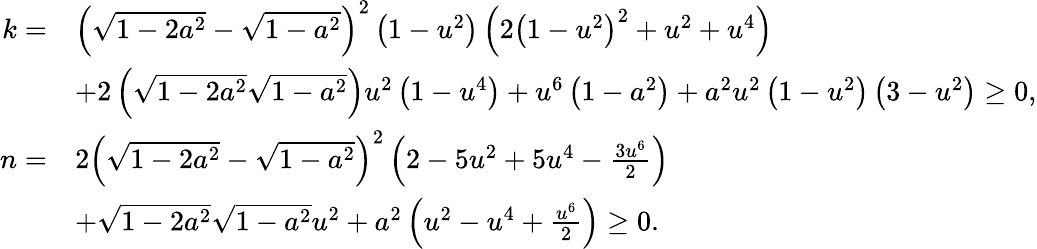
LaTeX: \begin{array}{rl}{k=}&{\left(\sqrt{1-2a^{2}}-\sqrt{1-a^{2}}\right)^{2}\left(1-u^{2}\right)\left(2\left(1-u^{2}\right)^{2}+u^{2}+u^{4}\right)}\\ &{+2\left(\sqrt{1-2a^{2}}\sqrt{1-a^{2}}\right)u^{2}\left(1-u^{4}\right)+u^{6}\left(1-a^{2}\right)+a^{2}u^{2}\left(1-u^{2}\right)\left(3-u^{2}\right)\geq 0,}\\ {n=}&{2\left(\sqrt{1-2a^{2}}-\sqrt{1-a^{2}}\right)^{2}\left(2-5u^{2}+5u^{4}-\frac{3u^{6}}{2}\right)}\\ &{+\sqrt{1-2a^{2}}\sqrt{1-a^{2}}u^{2}+a^{2}\left(u^{2}-u^{4}+\frac{u^{6}}{2}\right)\geq 0.}\end{array}